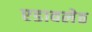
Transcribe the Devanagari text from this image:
एडावलेठ